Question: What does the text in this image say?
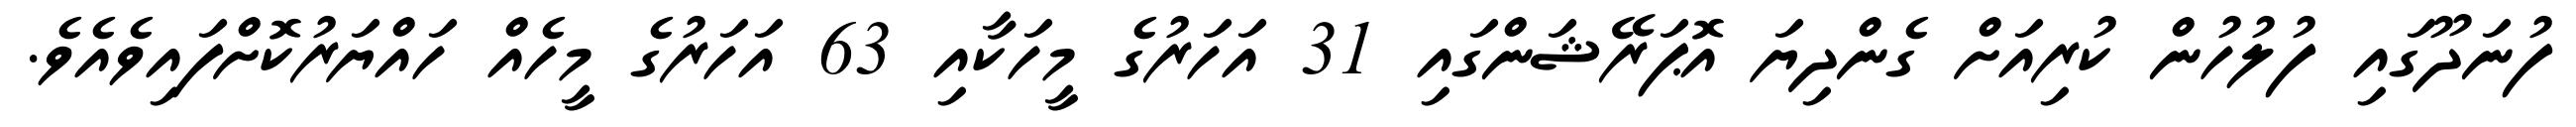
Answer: ފުނަދޫގައި ފުލުހުން ކުރިއަށް ގެންދިޔަ އޮޕަރޭޝަންގައި 31 އަހަރުގެ މީހަކާއި 63 އަހަރުގެ މީހެއް ހައްޔަރުކޮށްފައިވެއެވެ.